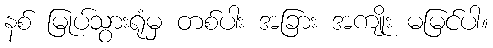
နစ် မြုပ်သွားရုံမှ တစ်ပါး အခြား အကျိုး မမြင်ပါ။